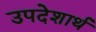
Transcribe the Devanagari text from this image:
उपदेशार्थ